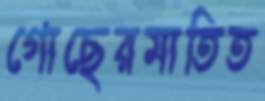
গোছেরমাতিত